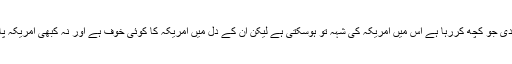
اس ملاقات کے بعد دونوں کے رویے سے واضح ہوگیا کہ مودی جو کچھ کررہا ہے اس میں امریکہ کی شہہ تو ہوسکتی ہے لیکن ان کے دل میں امریکہ کا کوئی خوف ہے اور نہ کبھی امریکہ پاکستان یا کشمیر کی خاطر ان کے راستے میں رکاوٹ بنے گا۔